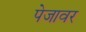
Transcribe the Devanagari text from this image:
पेजावर